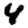
Digit: 4